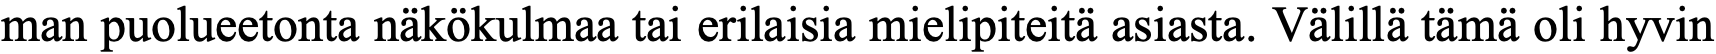
man puolueetonta näkökulmaa tai erilaisia mielipiteitä asiasta. Välillä tämä oli hyvin